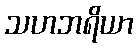
သဟဘရိယာ